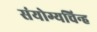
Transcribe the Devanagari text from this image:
संयोग्यचिन्ह